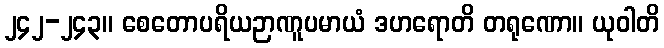
၂၄၂-၂၄၃။ စေတောပရိယဉာဏူပမာယံ ဒဟရောတိ တရုဏော။ ယုဝါတိ